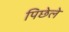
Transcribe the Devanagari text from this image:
पिछेले